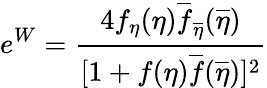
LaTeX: e^{W}={\frac{4f_{\eta}(\eta)\overline{{{f}}}_{\overline{{{\eta}}}}(\overline{{{\eta}}})}{[1+f(\eta)\overline{{{f}}}(\overline{{{\eta}}})]^{2}}}